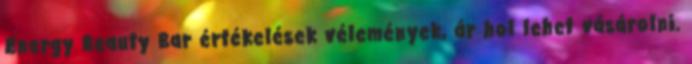
Energy Beauty Bar értékelések vélemények, ár hol lehet vásárolni.